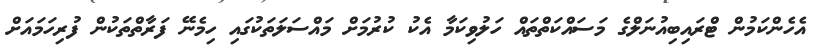
އެހެންކަމުން ޓްރައިބިއުނަލްގެ މަސައްކަތްތައް ހަލުވިކަމާ އެކު ކުރުމަށް މައްސަލަތަކުގައި ހިމެނޭ ފަރާތްތަކުން ފުރިހަމައަށް